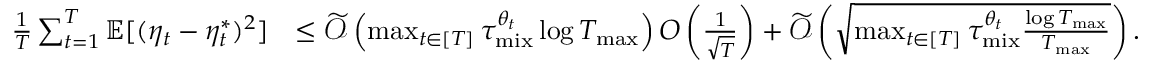
\begin{array} { r l } { \frac { 1 } { T } \sum _ { t = 1 } ^ { T } \mathbb { E } [ ( \eta _ { t } - \eta _ { t } ^ { * } ) ^ { 2 } ] } & { \leq \widetilde { \mathcal { O } } \left( \operatorname* { m a x } _ { t \in [ T ] } \tau _ { \mathrm { m i x } } ^ { \theta _ { t } } \log T _ { \operatorname* { m a x } } \right) O \left( \frac { 1 } { \sqrt { T } } \right) + \widetilde { \mathcal { O } } \left( \sqrt { \operatorname* { m a x } _ { t \in [ T ] } \tau _ { \mathrm { m i x } } ^ { \theta _ { t } } \frac { \log T _ { \operatorname* { m a x } } } { T _ { \operatorname* { m a x } } } } \right) . } \end{array}